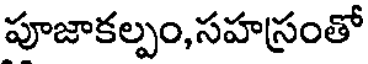
పూజాకల్పం,సహస్రంతో